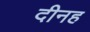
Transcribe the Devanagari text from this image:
दीनह